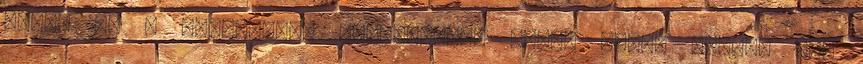
6.990 Ft a Goldengate szexshopban Kalóz boxer fekete Egy